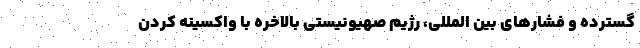
گسترده و فشارهای بین المللی، رژیم صهیونیستی بالاخره با واکسینه کردن